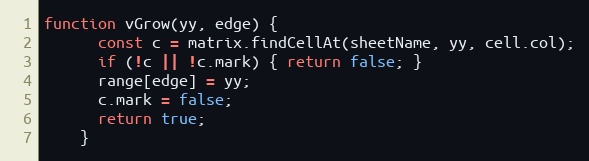
Language: JavaScript
function vGrow(yy, edge) {
      const c = matrix.findCellAt(sheetName, yy, cell.col);
      if (!c || !c.mark) { return false; }
      range[edge] = yy;
      c.mark = false;
      return true;
    }